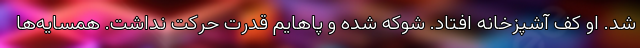
شد. او کف آشپزخانه افتاد. شوکه شده و پاهایم قدرت حرکت نداشت. همسایه‌ها